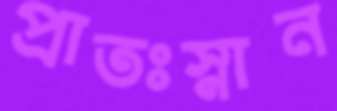
প্রাতঃস্নান